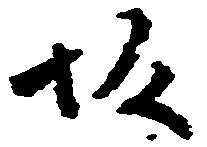
坂